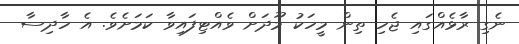
ނެގި ރާޅެއްގައި ޖެހި ތިން މީހަކު މޫދަށް ވެއްޓިފައިވާ ކަމަށެވެ. އެ ހާދިސާ